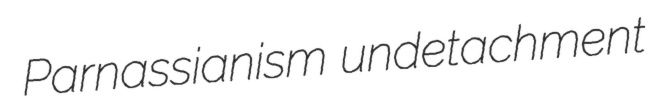
Parnassianism undetachment